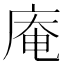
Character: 庵